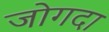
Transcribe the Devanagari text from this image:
जोगदा